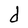
Character: d